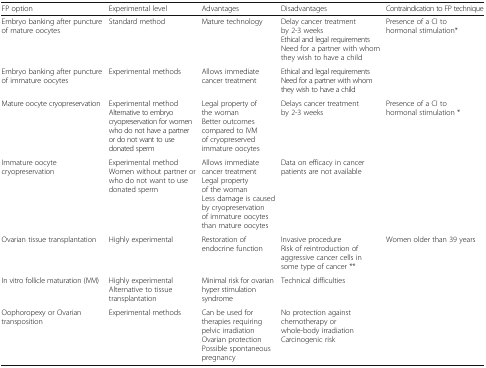
| FP option | Experimental level | Advantages | Disadvantages | Contraindication to FP technique |
 | --- | --- | --- | --- | --- |
 | Embryo banking after puncture of mature oocytes | Standard method | Mature technology | Delay cancer treatment by 2-3 weeksEthical and legal requirementsNeed for a partner with whom they wish to have a child | Presence of a CI to hormonal stimulation* |
 | Embryo banking after puncture of immature oocytes | Experimental methods | Allows immediate cancer treatment | Ethical and legal requirementsNeed for a partner with whom they wish to have a child |  |
 | Mature oocyte cryopreservation | Experimental methodAlternative to embryo cryopreservation for women who do not have a partner or do not want to use donated sperm | Legal property of the womanBetter outcomes compared to IVM of cryopreserved immature oocytes | Delays cancer treatment by 2-3 weeks | Presence of a CI to hormonal stimulation * |
 | Immature oocyte cryopreservation | Experimental methodWomen without partner or who do not want to use donated sperm | Allows immediate cancer treatmentLegal property of the womanLess damage is caused by cryopreservation of immature oocytes than mature oocytes | Data on efficacy in cancer patients are not available |  |
 | Ovarian tissue transplantation | Highly experimental | Restoration of endocrine function | Invasive procedureRisk of reintroduction of aggressive cancer cells in some type of cancer ** | Women older than 39 years |
 | In vitro follicle maturation (IVM) | Highly experimental Alternative to tissue transplantation | Minimal risk for ovarian hyper stimulation syndrome | Technical difficulties |  |
 | Oophoropexy or Ovarian transposition | Experimental methods | Can be used for therapies requiring pelvic irradiationOvarian protectionPossible spontaneous pregnancy | No protection against chemotherapy or whole-body irradiationCarcinogenic risk |  |